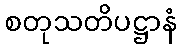
စတုသတိပဋ္ဌာနံ